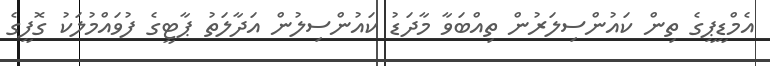
އެމްޑީޕީގެ ތިން ކައުންސިލަރުން ތިއްބަވާ މާދަޑު ކައުންސިލުން އަދާލަތު ޕާޓީގެ ފުވައްމުލަކު ގޮފީގެ